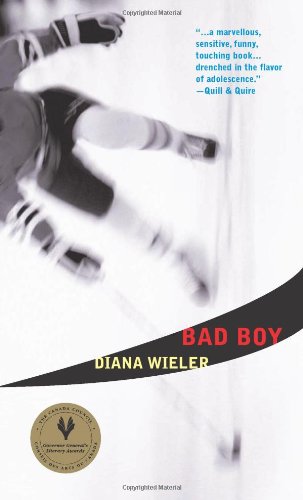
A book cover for Bad Boy; Diana Wieler; Teen & Young Adult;